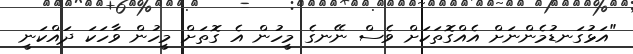
"އަޅުގަނޑުމެންނަށް އެއްގޮތަކަށް ވެސް ނޭނގެ މީހުން އެ ގޮތަށް މީހުން ވާހަކަ ދައްކަނީ